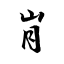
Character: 峟